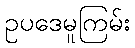
ဥပဒေမူကြမ်း